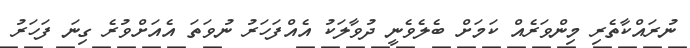
ނުރައްކާތެރި މިންވަރެއް ކަމަށް ބެލެވެނީ ދުވާލަކު އެއްފަހަރު ނުވަތަ އެއަށްވުރެ ގިނަ ފަހަރު